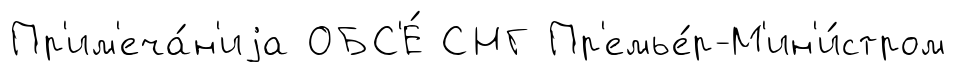
Пр'им'еча́н'иjа ОБС'Е́ СНГ Пр'емье́р-М'ин'и́стром